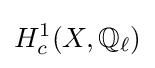
H_{c}^{1}(X,\mathbb {Q} _{\ell })